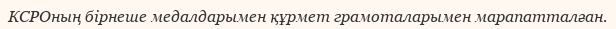
КСРОның бірнеше медалдарымен құрмет грамоталарымен марапатталған.